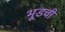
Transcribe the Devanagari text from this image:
भूडची